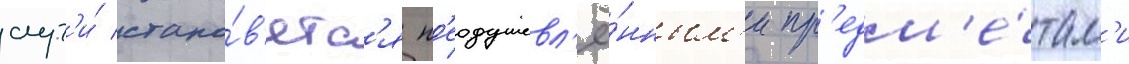
слуг'и́ стано́в'ятс'я н'еодушевл'ё́нным'и пр'едм'е́там'и